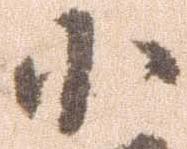
小